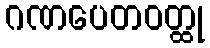
ဂဏပေတဝတ္ထု